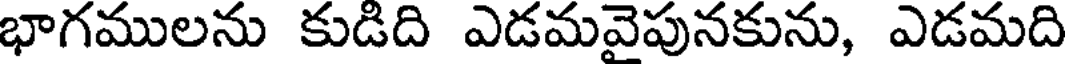
భాగములను కుడిది ఎడమవైపునకును, ఎడమది